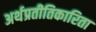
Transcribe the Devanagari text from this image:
अर्थप्रतीतिकारिता